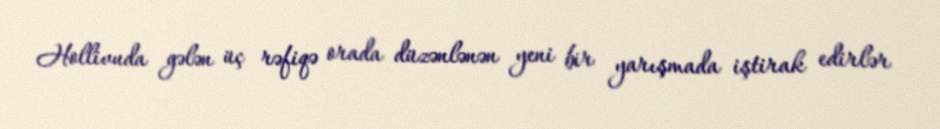
Hollivuda gələn üç rəfiqə orada düzənlənən yeni bir yarışmada iştirak edirlər